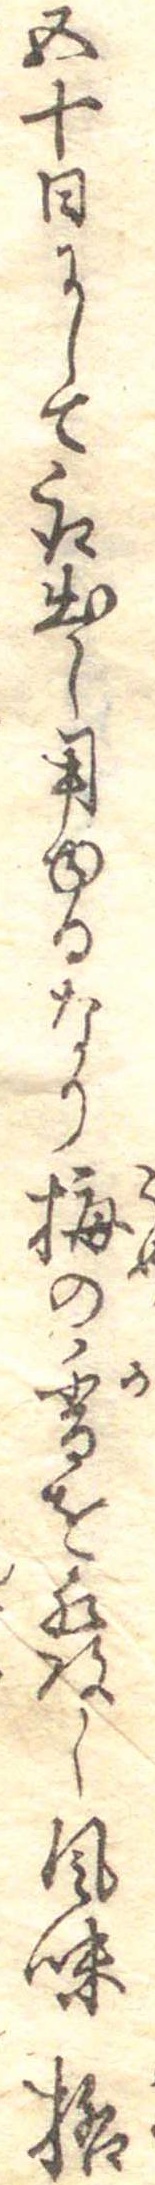
五十日にして取出し用ゆるなり梅の香を発し風味格